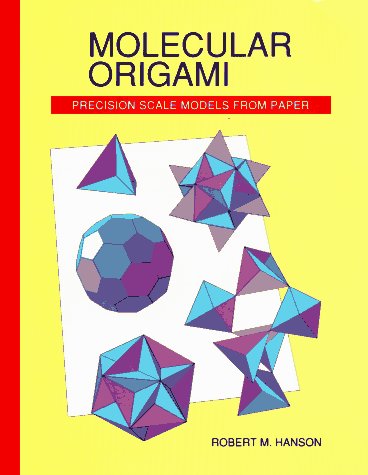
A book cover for Molecular Origami: Precision Scale Models from Paper; Robert M. Hanson; Science & Math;